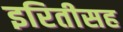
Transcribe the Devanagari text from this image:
इरितीसह